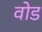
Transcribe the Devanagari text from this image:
वोड